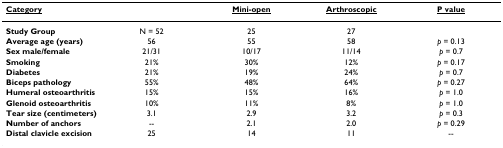
<table><thead><tr><td><b><underline>Category</underline></b></td><td></td><td><b><underline>Mini-open</underline></b></td><td><b><underline>Arthroscopic</underline></b></td><td><b><underline>P value</underline></b></td></tr></thead><tbody><tr><td><b>Study Group</b></td><td>N = 52</td><td>25</td><td>27</td><td></td></tr><tr><td><b>Average age (years)</b></td><td>56</td><td>55</td><td>58</td><td><i>p </i>= 0.13</td></tr><tr><td><b>Sex male/female</b></td><td>21/31</td><td>10/17</td><td>11/14</td><td><i>p </i>= 0.7</td></tr><tr><td><b>Smoking</b></td><td>21%</td><td>30%</td><td>12%</td><td><i>p </i>= 0.17</td></tr><tr><td><b>Diabetes</b></td><td>21%</td><td>19%</td><td>24%</td><td><i>p </i>= 0.7</td></tr><tr><td><b>Biceps pathology</b></td><td>55%</td><td>48%</td><td>64%</td><td><i>p </i>= 0.27</td></tr><tr><td><b>Humeral osteoarthritis</b></td><td>15%</td><td>15%</td><td>16%</td><td><i>p </i>= 1.0</td></tr><tr><td><b>Glenoid osteoarthritis</b></td><td>10%</td><td>11%</td><td>8%</td><td><i>p </i>= 1.0</td></tr><tr><td><b>Tear size (centimeters)</b></td><td>3.1</td><td>2.9</td><td>3.2</td><td><i>p </i>= 0.3</td></tr><tr><td><b>Number of anchors</b></td><td>--</td><td>2.1</td><td>2.0</td><td><i>p </i>= 0.29</td></tr><tr><td><b>Distal clavicle excision</b></td><td>25</td><td>14</td><td>11</td><td>--</td></tr></tbody></table>